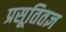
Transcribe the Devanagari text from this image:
प्रसूतितज्ञ